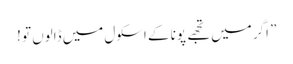
” اگر میں تجھے پونا کے اسکول میں ڈالوں تو !